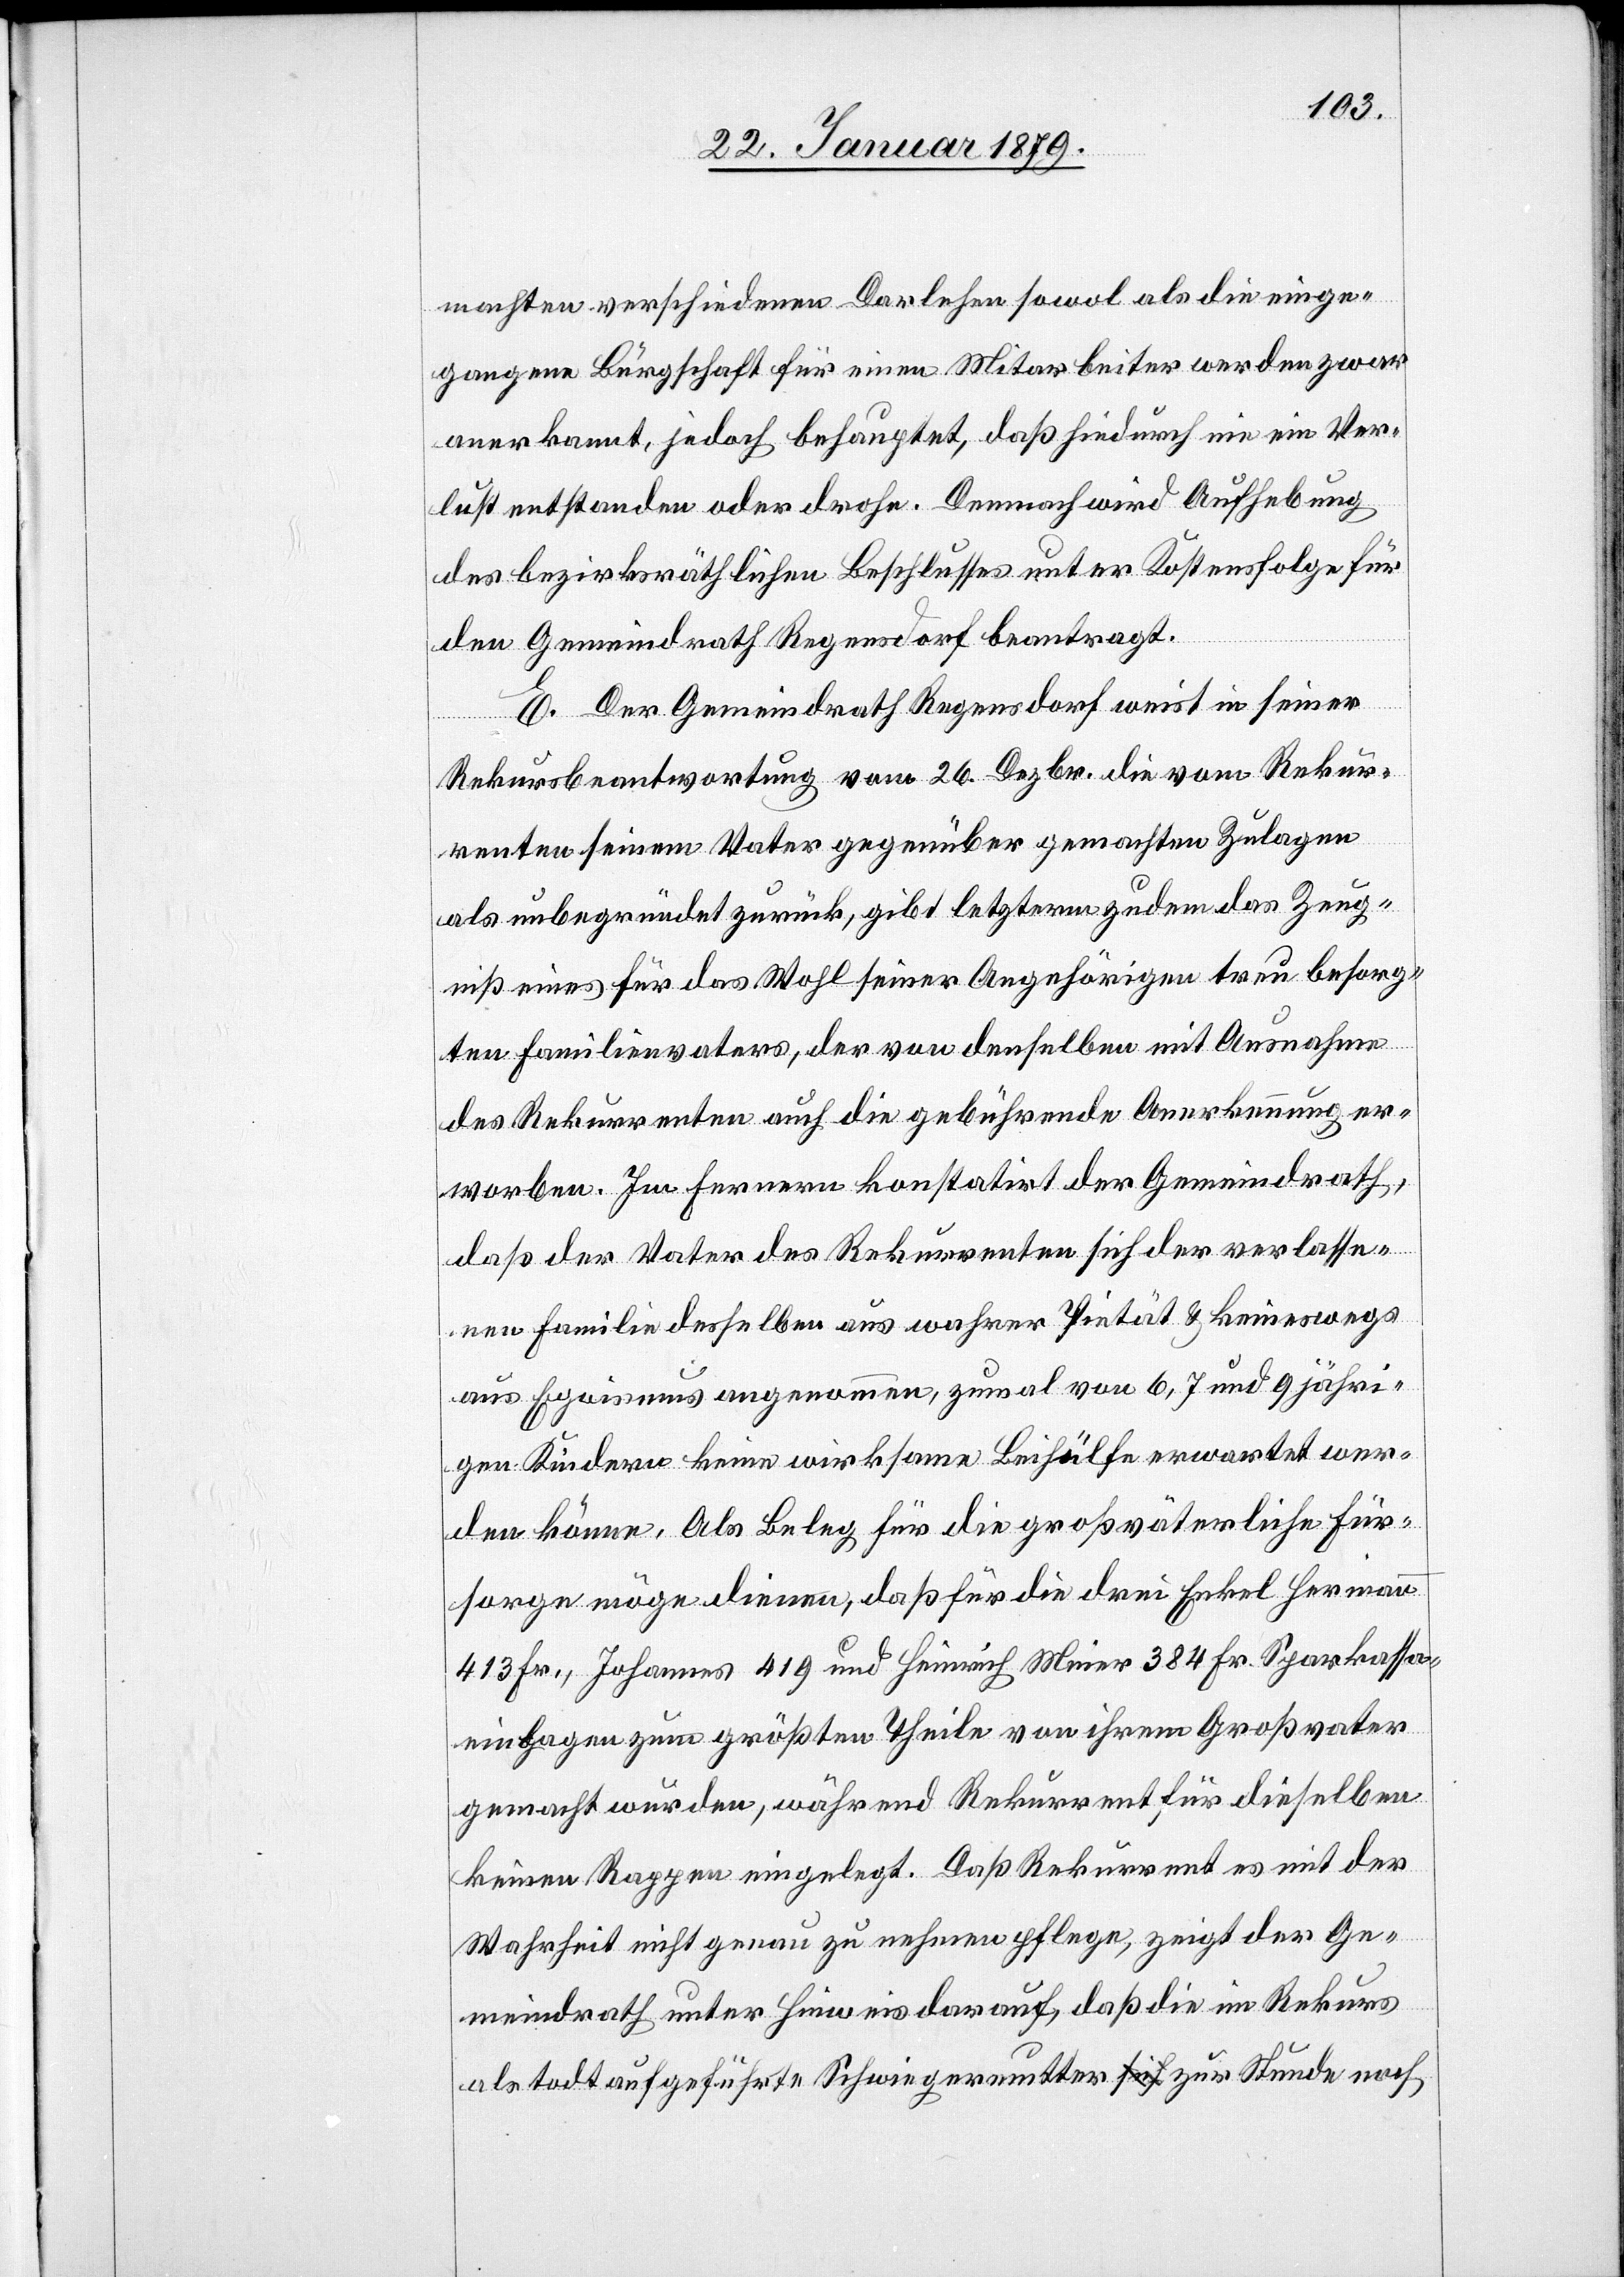
machten verschiedenen Darlehen sowol als die einge¬
gangene Bürgschaft für einen Mitarbeiter werden zwar
anerkannt, jedoch behauptet, daß hiedurch nie ein Ver¬
lust entstanden oder drohe. Demnach wird Aufhebung
des bezirksräthlichen Beschlusses unter Kostenfolge für
den Gemeindrath Regensdorf beantragt.
E. Der Gemeindrath Regensdorf weist in seiner
Rekursbeantwortung vom 26. Dezbr. die vom Rekur¬
renten seinem Vater gegenüber gemachten Zulagen
als unbegründet zurück, gibt letzterm zudem das Zeug¬
niß eines für das Wohl seiner Angehörigen treu besorg¬
ten Familienvaters, der von denselben mit Ausnahme
des Rekurrenten auch die gebührende Anerkennung er¬
worben. Im fernern konstatirt der Gemeindrath,
daß der Vater des Rekurrenten sich der verlasse¬
nen Familie desselben aus wahrer Pietät & keineswegs
aus Egoismus angenommen, zumal von 6, 7 und 9jähri¬
gen Kindern keine wirksame Beihülfe erwartet wer¬
den könne. Als Beleg für die großväterliche Für¬
sorge möge dienen, daß für die drei Enkel Hermann
413 Fr., Johannes 419 und Heinrich Meier 384 Fr. Sparkassa¬
einlagen zum größten Theile von ihrem Großvater
gemacht wurden, während Rekurrent für dieselben
keinen Rappen eingelegt. Daß Rekurrent es mit der
Wahrheit nicht genau zu nehmen pflege, zeigt der Ge¬
meindrath unter Hinweis darauf, daß die im Rekurs
als todt aufgeführte Schwiegermutter zur Stunde noch